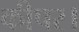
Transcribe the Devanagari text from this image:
कीपर।